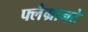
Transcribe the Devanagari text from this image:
फ्लैग्रानटे